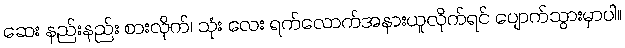
ဆေး နည်းနည်း စားလိုက်၊ သုံး လေး ရက်လောက်အနားယူလိုက်ရင် ပျောက်သွားမှာပါ။